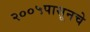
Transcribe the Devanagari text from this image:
२००५पासूनचे